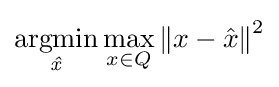
\operatorname {\underset {\mathit {\hat {x}}}{argmin}} \max _{x\in Q}\left\|x-{\hat {x}}\right\|^{2}